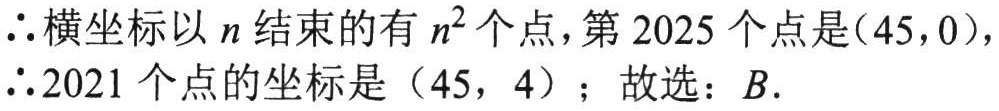
$\therefore$横坐标以$n$结束的有$n^{2}$个点，第$2025$个点是$(45,0)$，
$\therefore 2021$个点的坐标是$(45,4)$；故选：$B$.